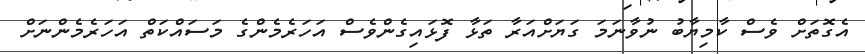
އެގޮތަށް ވެސް ކާމިޔާބު ނުވާނަމަ ގަޔަށްއަރާ ތަޅާ ފޮޅައިގެންވެސް އަހަރެމެންގެ މަސައްކަތް އަހަރެމެންނަށް